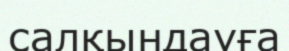
салқындауға